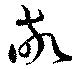
敬